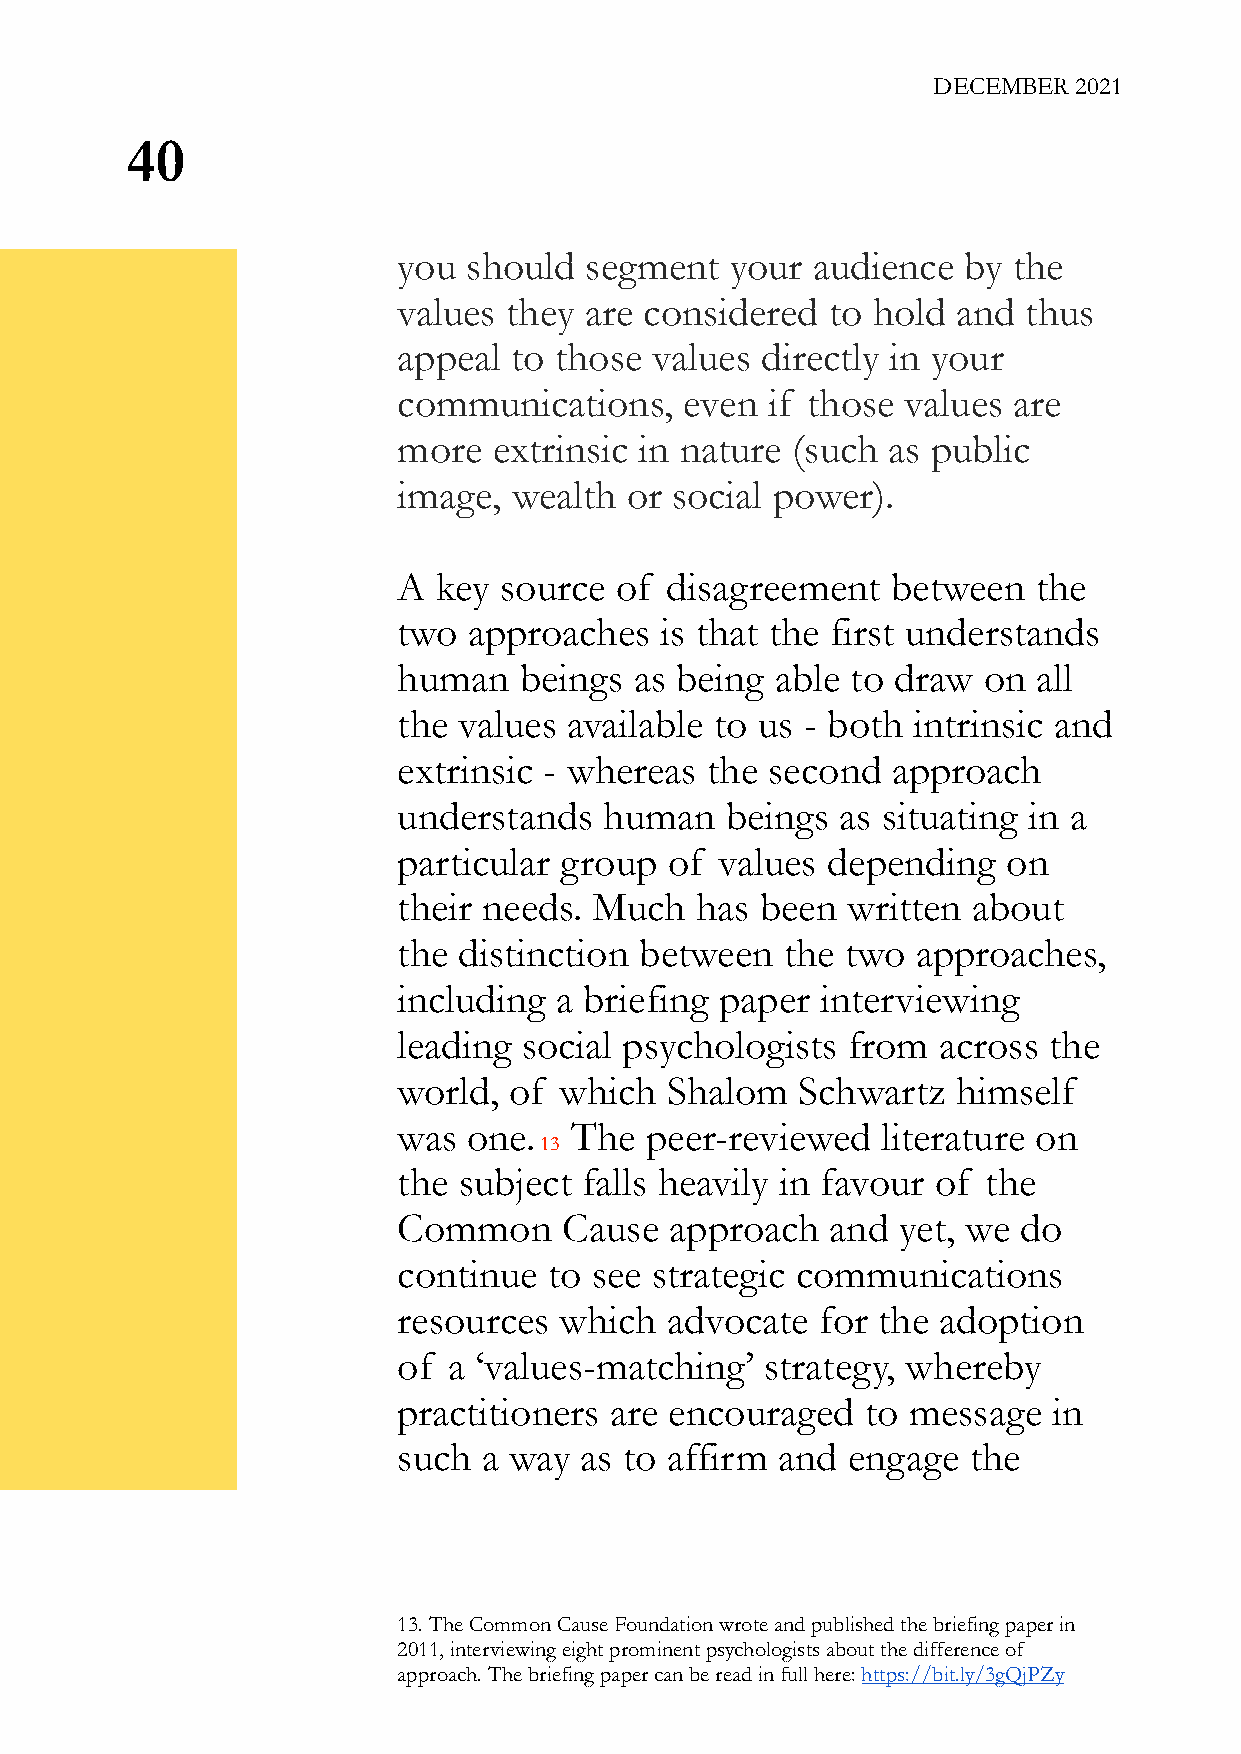
DECEMBER 2021
 40
 you  should  segment  your  audience  by the
 values they  are considered  to hold and  thus
 appeal  to those values directly in your
 communications,    even  if those values are
 more   extrinsic in nature (such as public
 image,  wealth or social power).
 A  key source  of disagreement   between   the
 two  approaches   is that the first understands
 human   beings  as being able to draw  on  all
 the values  available to us - both intrinsic and
 extrinsic - whereas  the second  approach
 understands   human   beings  as situating in a
 particular group  of  values depending   on
 their needs. Much   has been  written about
 the distinction between   the two  approaches,
 including  a briefing paper interviewing
 leading  social psychologists from  across the
 world,  of which  Shalom   Schwartz  himself
 was  one.   The  peer-reviewed  literature on
 13
 the subject  falls heavily in favour of the
 Common     Cause  approach   and yet, we  do
 continue  to see strategic communications
 resources  which  advocate  for the adoption
 of  a ‘values-matching’  strategy, whereby
 practitioners are encouraged   to message   in
 such  a way as to affirm and  engage  the
 13. The Common Cause Foundation wrote and published the briefing paper in
 2011, interviewing eight prominent psychologists about the difference of
 approach. The briefing paper can be read in full here: https://bit.ly/3gQjPZy